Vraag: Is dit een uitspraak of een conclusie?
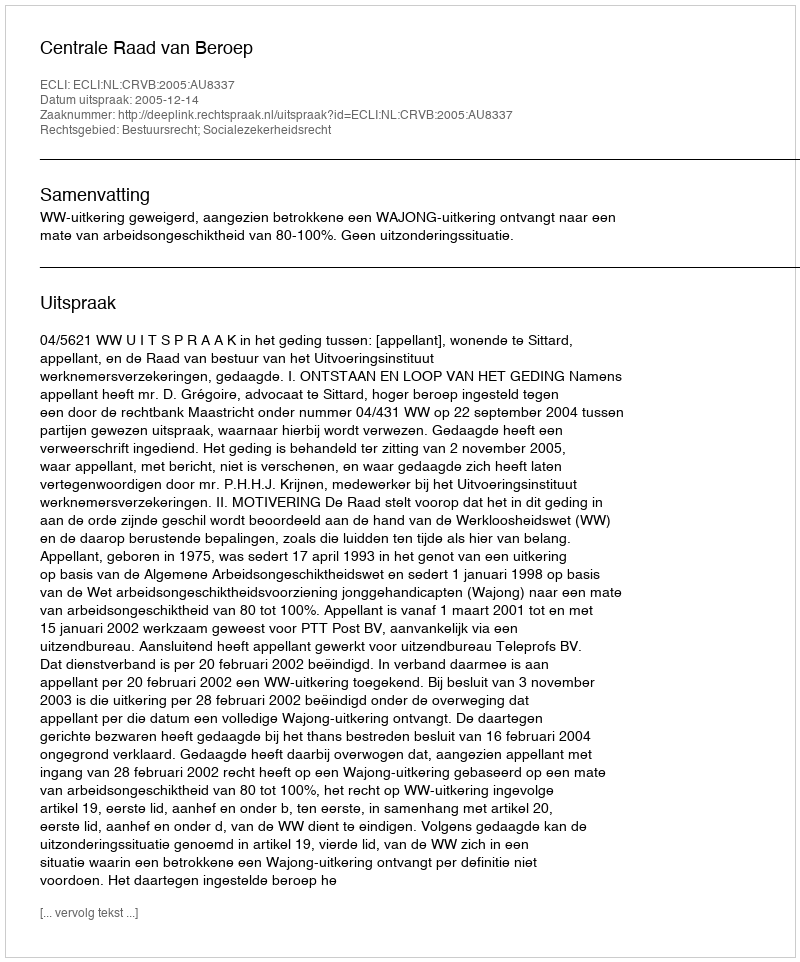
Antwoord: Uitspraak